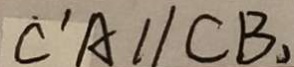
\dot { C } ^ { \prime } A / / C B ,